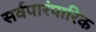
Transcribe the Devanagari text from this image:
सर्वपारंपारिक